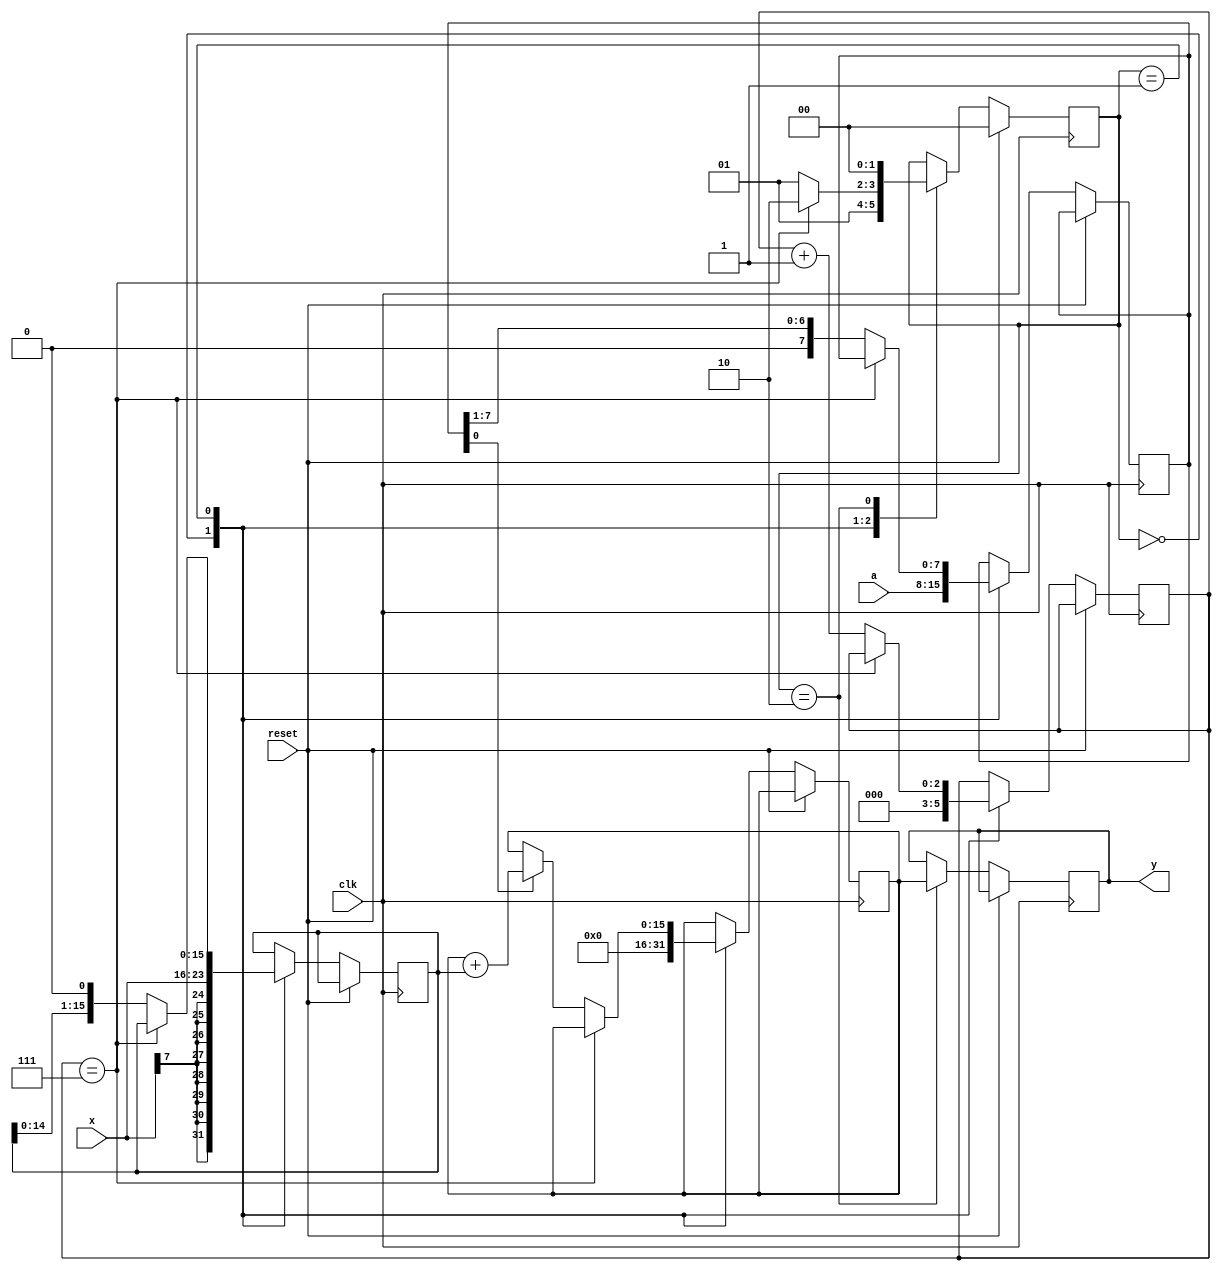
//*********************************************************
// IEEE STD 1364-2001 Verilog file: mul_ser.v
// Author-EMAIL: Uwe.Meyer-Baese@ieee.org
//*********************************************************
module mul_ser      //----> Interface
 (input         clk, reset,
  input  signed [7:0]  x,
  input   [7:0]  a,
  output reg signed [15:0] y);

  always @(posedge clk) //-> Multiplier in behavioral style
  begin : States
    parameter s0=0, s1=1, s2=2;
    reg [2:0] count;
    reg [1:0] s;                   // FSM state register
    reg signed [15:0] p, t;        // Double bit width
    reg  [7:0] a_reg;

    if (reset)              // Asynchronous reset
      s <= s0;
    else
      case (s) 
        s0 : begin         // Initialization step 
          a_reg <= a;
          s <= s1;
          count = 0;
          p <= 0;      // Product register reset
          t <= x;      // Set temporary shift register to x
        end
        s1 : begin          // Processing step
          if (count == 7)   // Multiplication ready
            s <= s2;
          else          
            begin      
            if (a_reg[0] == 1) // Use LSB for bit select
              p <= p + t;      // Add 2^k
            a_reg <= a_reg >>> 1;
            t <= t <<< 1;
            count = count + 1;
            s <= s1;
          end
        end
        s2 : begin       // Output of result to y and
          y <= p;        // start next multiplication
          s <= s0;
        end
      endcase  
  end

endmodule